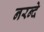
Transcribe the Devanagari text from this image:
नरन्दे